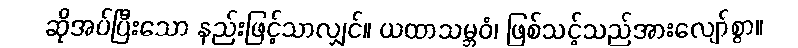
ဆိုအပ်ပြီးသော နည်းဖြင့်သာလျှင်။ ယထာသမ္ဘဝံ၊ ဖြစ်သင့်သည်အားလျော်စွာ။